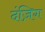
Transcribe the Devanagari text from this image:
दंज़िग